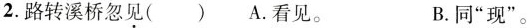
2.路转溪桥忽见() A.看见。 B.同”现”。